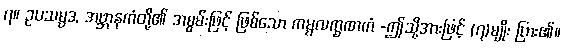
၇။ ဥပသမ္ပဒ, အဗ္ဘာနကံတို့၏ အစွမ်းဖြင့် ဖြစ်သော ကမ္မလက္ခဏကံ -ဤသို့အားဖြင့် (၇)မျိုး ပြား၏။